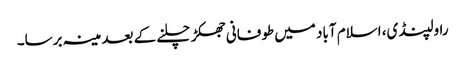
راولپنڈی، اسلام آباد میں طوفانی جھکڑ چلنے کے بعد مینہ برسا۔